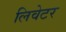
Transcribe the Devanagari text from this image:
लिवेटर